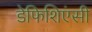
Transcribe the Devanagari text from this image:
डेफिशिएंसी